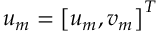
\boldsymbol { u _ { m } } = \left[ u _ { m } , v _ { m } \right] ^ { T }